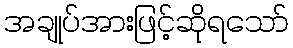
အချုပ်အားဖြင့်ဆိုရသော်